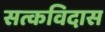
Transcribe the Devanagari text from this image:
सत्कविदास